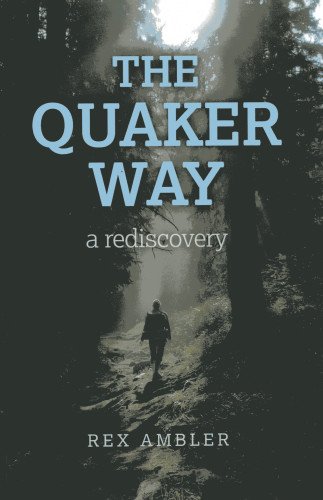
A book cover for The Quaker Way: A Rediscovery; Rex Ambler; Christian Books & Bibles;